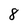
Character: 8